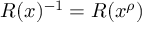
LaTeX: R ( x ) ^ { - 1 } = R ( x ^ { \rho } )